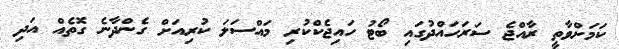
ކަމަށްވާތީ ރާއްޖެ ސަރަހައްދުގައި ބޯޓު ހައިޖެކްކުރި މައްސަލަ ކުރިއަށް ގެންދާނެ ގޮތެއް އަދި